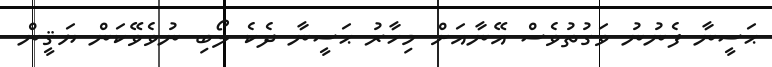
ޙަސީނާ ފެނުނު ވަގުތުވެސް އޭނާއަށް މިހާރު ޙަސީނާ ދެކެ ލޯބި ނުވެވޭކަން ޔަޤީން